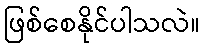
ဖြစ်စေနိုင်ပါသလဲ။